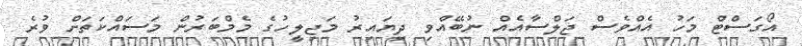
އޯގަސްޓް މަހު އެއްވެސް ޖަލްސާއެއް ނުބޭއްވި ދިޔައިރު މަޖިލީހުގެ މެމްބަރުން މަސައްކަތަށް ވުރެ